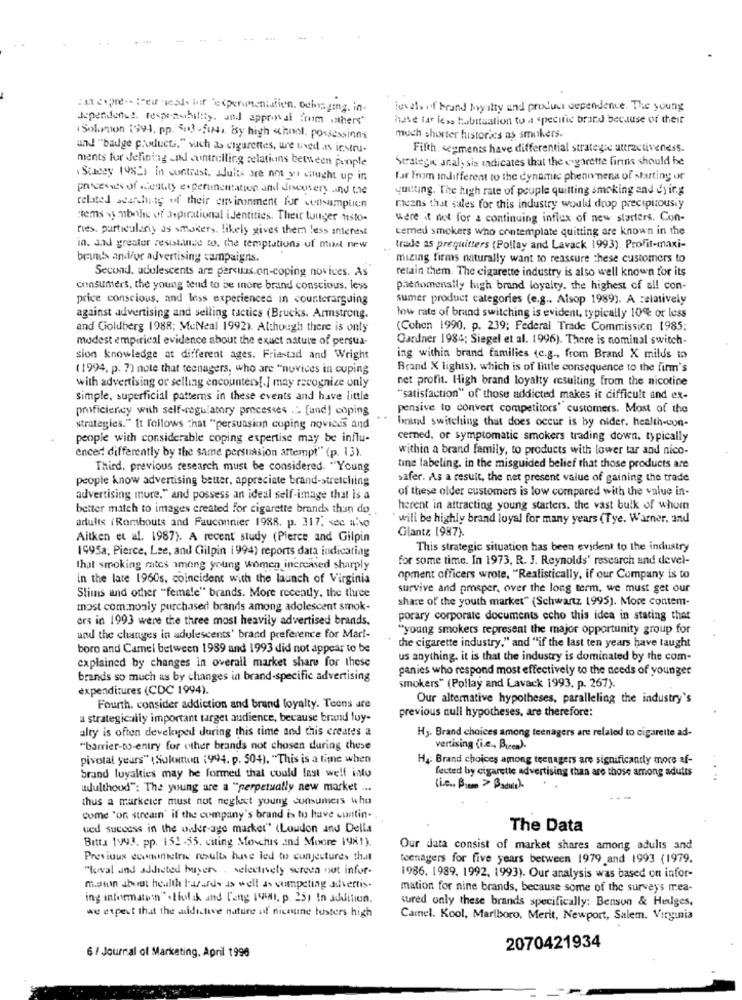
Han copre -- treirical, of "expenmentation. ochaging. in-
levels of brand oyalty and product dependence. The young
Ispendonus responsibility and approval from others"
have far less habttuation to a specific brand because of their
Solution 1994, pp. 513 -5w). By high school. possessions
much shorter historics as smokers.
und "badge products," such as cigarettes, are used its instru.
Fifth. segments have differential strategie attractiveness.
ments for defining und controlling relations between people
Strategic analy sis indicates that the cigarette finns should be
Stacey 1982s in contrast. wduits are no ys caught up in
far From indifferent to the dynamic phenomena of starting or
processes of .cent.ty experimentation and discutery and the
quitting. The high rate of peuple quitting smoking and dying
related search-tg of their curvinonment for consumptien
means that sales for this industry would drop precipizousiy
"tems vmbothe of aspirational identities. Their luuger nisto.
were it not for a continuing influx of new starters. Con-
fies. particulariy as smokers. likely gives them less interest
cemed smokers who contemplate quitting are known in the
in. and greater resistance to. the temptations uf must new
trade as prequitters (Pollay and Lavack 1993). Profit-maxi-
brands and/or advertising campaigns.
mizing firms naturally want to reassure these customers to
Second, adolescents are percus.on-coping novices. As
retain them. The cigarette industry is also well known for its
consumers, the young tend to be inore brand conscious, less
pieromensily high brand loyalty. the highest of all con-
price conscious, and less experienced in counterarguing
sumer product categories (e.g ., Alsop 1989). A relatively
against advertising and selling tactics (Brucks. Armstrong.
low rate of brand switching is evident, typically 10% or less
and Goldberg 1988; MeNeal 1992). Although there is only
(Cohon 1990, p. 239; Federal Trade Commission 1985;
modest empirical evidence about the exact nature of persua-
Gardner 1984; Siegel et al. 1996). There is nominal switch-
sion knowledge at different ages. Friastad and Wright
ing within brand families (c.g ., from Brand X milds to
(1994. p. 7) note that teenagers, who are "novices in cuping
Brand X lights), which is of linte consequence to the firm's
net profit. High brand loyalty resulting from the nicotine
with advertising or selling encounters[.] may recognize only
simple, superficial patterns in these events and have little
"satisfaction" of those addicted makes it difficult and ex-
proficiency with self-regulatory processes ... [und] coping
pensive to convert competitors' customers. Most of the
strategies." It follows that "persuasion coping novices and
brand switching that does occur is by older. health-con-
people with considerable coping expertise may be influ-
cermed, or symptomatic smokers trading down. typically
enced differently by the same persuasion attempt" (p. 13).
within a brand family, to products with lower tar and nico-
Third. previous research must be considered. "Young
tine labeling. in the misguided belief that those products are
people know advertising better. appreciate brand-stretching
safer. As a result, the net present value of gaining the trade
of these older customers is low compared with the value in-
advertising more." and possess an ideal self-image that is a
better match to images created for cigarette brands thun do
herent in attracting young starters. the vast bulk of whom
` will be highly brand loyal for many years (Tye. Warner, and
adults (Rombouts and Fauconnier 1988. p. 317, sec a:so
Glantz 1987).
Aitken et al. 1987). A recent study (Pierce and Gilpin
1995a; Pierce, Lee, and Cilpin i994) reports data indicatiag
This strategic situation has been evident to the industry
for some time. In 1973, R. J. Reynolds' research and devel-
that smoking rates among young Women increased sharply
in the late 1960s. coincident with the launch of Virginia
opment officers wrote, "Realistically, if our Company is to
survive and prosper, over the long term, we must get our
Slims and other "female" brands. More recently, the three
share of the youth market" (Schwartz 1995). Moce contem-
most commonly purchased brands among adolescent smok-
ers in 1993 were the three most heavily advertised brands.
porary corporate documents echo this idea in stating that
"young smokers represent the major opportunity group for
und the changes in adolescents' brand preference for Mar !-
che cigarette industry." and "if the last ten years have taught
boro and Camel between 1989 and 1993 did not appear to be
us anything. it is that the industry is dominated by the com-
explained by changes in overall market share for these
panies who respond most effectively to the needs of younger
brands so much as by changes in brand-specific advertising
expenditures (CDC 1994).
smokers" (Pollay and Lavack 1993, p. 267).
Our alternative hypotheses, paralleling the industry's
Fourth. consider addiction and brand loyalty. Teens are
previous null hypotheses, are therefore:
a strategically important target audience, because brand luy-
alty is often developed during this time and this creates a
H3. Brand choices among teenagers are related to cigarette ad-
"barrier-to-entry for other brands not chosen during these
vertising (i.e ., Buen).
pivotal years" (Sokatun (994. p. 504). "This is a time when
Hy: Brand choices among teenagers are significantly more af-
fected by cigarette advertising than are those among adults
brand loyalties may be formed that could last well into
adulthood": The young are a "perpetually new market ...
(i.e. Pia > Padul)
thus a marketer must not neglect young consumers who
Come "on streamn' if the company's brand is tu have cuntin-
wed success in the owler-age market" (Loudon and Della
The Data
Bitta 1993. pp. 152-55. citing Movchis and Moore 1981).
Our data consist of market shares among adults and
Previous eonometrie results have led to conjectures that
teenagers for five years between 1979 and 1993 (1979.
"loval and addicted buyer . selectively screen out infor-
1986. 1989, 1992, 1993). Our analysis was based on infor-
myeon shot health hazards as well as competing advertis-
mation for nine brands, because some of the surveys mrea-
ing information"Hold und Lang 199n. p. 25) in addition.
cured only these brands specifically: Benson & Hedges,
we expect that the addictive nature of niceune busters high
Camel. Kool, Mariboro, Merit, Newport, Salem. Virginia
6 / Journal of Marketing. April 1996
2070421934